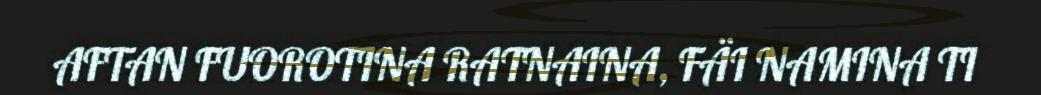
AFTAN FUOROTINA RATNAINA, FÄI NAMINA TI